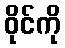
ဝိုင်ကို